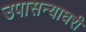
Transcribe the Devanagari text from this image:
उपासन्याघरी